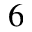
6